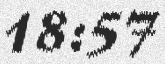
18:57